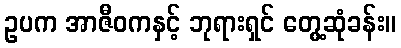
ဥပက အာဇီဝကနှင့် ဘုရားရှင် တွေ့ဆုံခန်း။